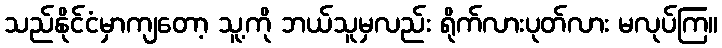
သည်နိုင်ငံမှာကျတော့ သူ့ကို ဘယ်သူမှလည်း ရိုက်လားပုတ်လား မလုပ်ကြ။